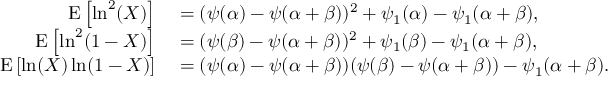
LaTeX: \begin{array} { r l } { \operatorname { E } \left[ \ln ^ { 2 } ( X ) \right] } & { { } = ( \psi ( \alpha ) - \psi ( \alpha + \beta ) ) ^ { 2 } + \psi _ { 1 } ( \alpha ) - \psi _ { 1 } ( \alpha + \beta ) , } \\ { \operatorname { E } \left[ \ln ^ { 2 } ( 1 - X ) \right] } & { { } = ( \psi ( \beta ) - \psi ( \alpha + \beta ) ) ^ { 2 } + \psi _ { 1 } ( \beta ) - \psi _ { 1 } ( \alpha + \beta ) , } \\ { \operatorname { E } \left[ \ln ( X ) \ln ( 1 - X ) \right] } & { { } = ( \psi ( \alpha ) - \psi ( \alpha + \beta ) ) ( \psi ( \beta ) - \psi ( \alpha + \beta ) ) - \psi _ { 1 } ( \alpha + \beta ) . } \end{array}